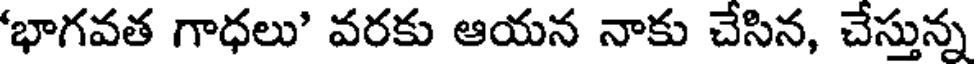
'భాగవత గాధలు' వరకు ఆయన నాకు చేసిన, చేస్తున్న